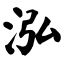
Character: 泓